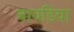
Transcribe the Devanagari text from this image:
बावडिया